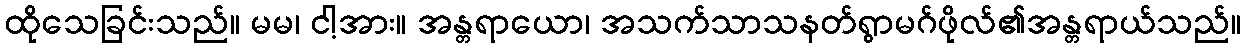
ထိုသေခြင်းသည်။ မမ၊ ငါ့အား။ အန္တရာယော၊ အသက်သာသနတ်ရွာမဂ်ဖိုလ်၏အန္တရာယ်သည်။